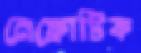
নেফ্রোটিক